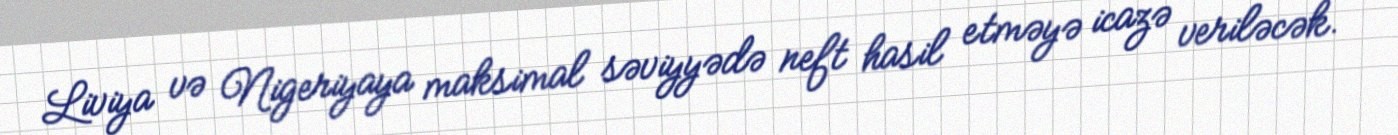
Liviya və Nigeriyaya maksimal səviyyədə neft hasil etməyə icazə veriləcək.